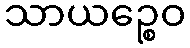
သာယဉ္စေဝ